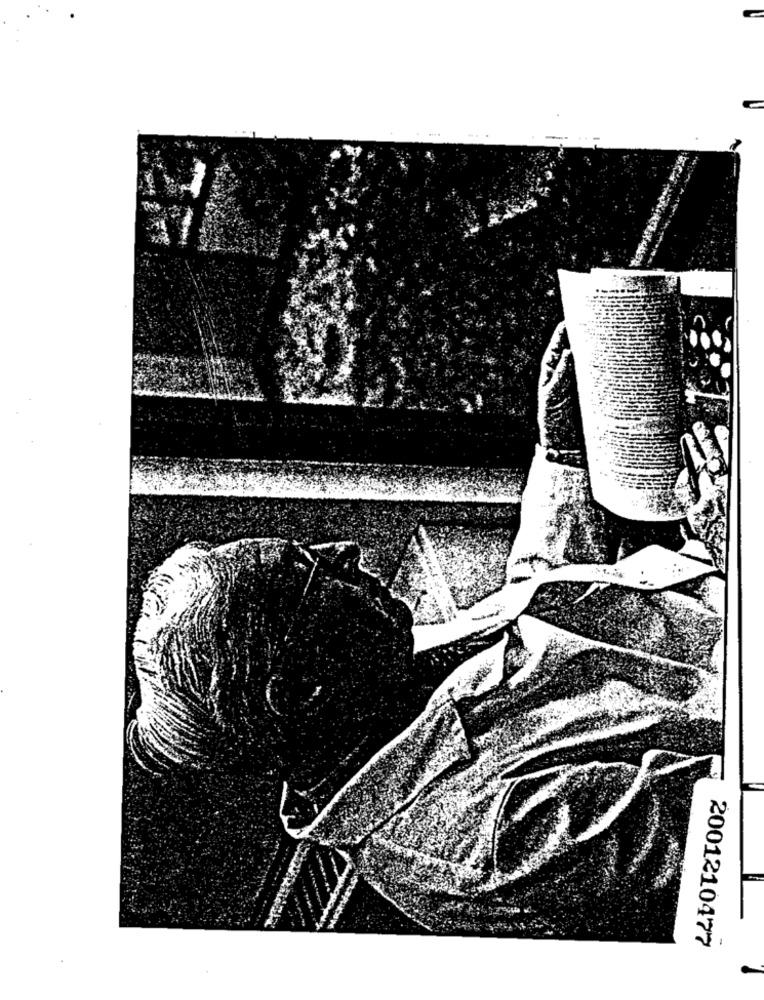
2001210477